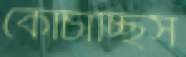
কোঁচাচ্ছিস